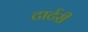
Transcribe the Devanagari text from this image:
टार्टरी